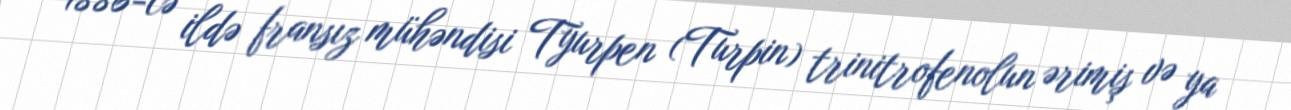
1886-cə ildə fransız mühəndisi Tyurpen (Turpin) trinitrofenolun ərimiş və ya